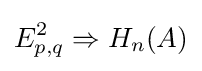
E_{p,q}^{2}\Rightarrow H_{n}(A)